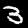
Label: 3